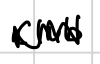
Text: Club
Cross-out: zig-zag
Writing tool: digital_black